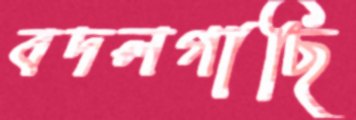
বদলগাছি